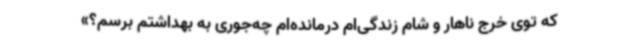
که توی خرج ناهار و شام زندگی‌ام درمانده‌ام چه‌جوری به بهداشتم برسم؟»